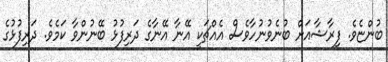
ބުންޏެވެ. ފިރާޝާއަށް ބުނެވުނުހާވެސް އެއްޗަކީ އޭނާ އޭނާގެ ދަރިފުޅު ބޭނުންވާ ކަމެވެ. ދަރިފުޅުގެ